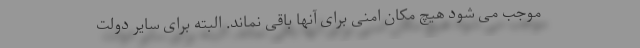
موجب می شود هیچ مکان امنی برای آنها باقی نماند. البته برای سایر دولت